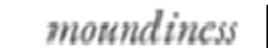
moundiness